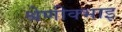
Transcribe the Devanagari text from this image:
श्रेणीक्भाइ